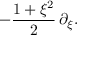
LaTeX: - { \frac { 1 + \xi ^ { 2 } } { 2 } } \, \partial _ { \xi } .